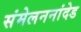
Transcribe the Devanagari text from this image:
संमेलननांदेड